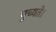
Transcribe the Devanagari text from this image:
मुच्यते।